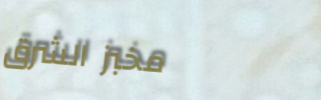
مخبز الشرق